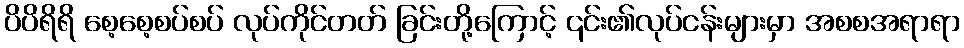
ပိပိရိရိ စေ့စေ့စပ်စပ် လုပ်ကိုင်တတ် ခြင်းတို့ကြောင့် ၎င်း၏လုပ်ငန်းများမှာ အစစအရာရာ